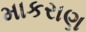
માકરાણ